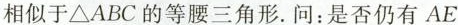
相似于△ABC的等腰三角形。问：是否仍有AE